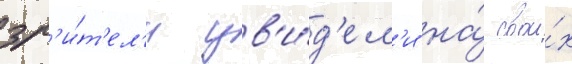
зр'и́т'ел'и ув'и́д'ел'и на́ свои́х